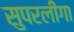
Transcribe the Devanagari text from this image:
सुपरलीगा